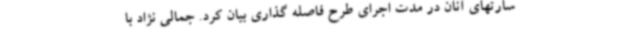
سارتهای آنان در مدت اجرای طرح فاصله گذاری بیان کرد. جمالی نژاد با